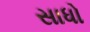
સાધો